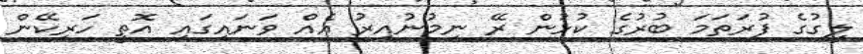
ލީގުގެ ފުރަތަމަ ބުރުގެ ކުޅުން ރޭ ނިމުނުއިރު އެއް ވަނައިގައި އޮތީ ހަރިކޭން